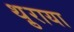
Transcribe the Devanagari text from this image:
थ़ुराया